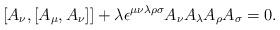
LaTeX: \begin{align*}[A_{\nu},[A_{\mu},A_{\nu}]] +\lambda\epsilon^{\mu\nu\lambda\rho\sigma}A_{\nu}A_{\lambda}A_{\rho}A_{\sigma}=0.\end{align*}